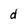
Character: d